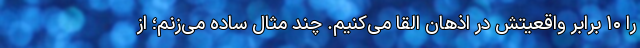
را ۱۰ برابر واقعیتش در اذهان القا می‌کنیم. چند مثال ساده می‌زنم؛ از